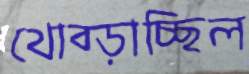
থোব্‌ড়াচ্ছিল